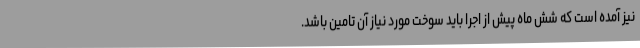
نیز آمده است که شش ماه پیش از اجرا باید سوخت مورد نیاز آن تامین باشد.